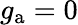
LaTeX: g_{\mathrm{a}}=0